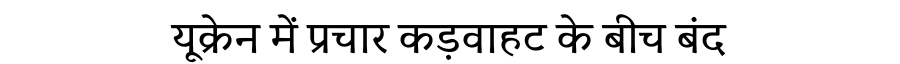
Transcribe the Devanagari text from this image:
यूक्रेन में प्रचार कड़वाहट के बीच बंद